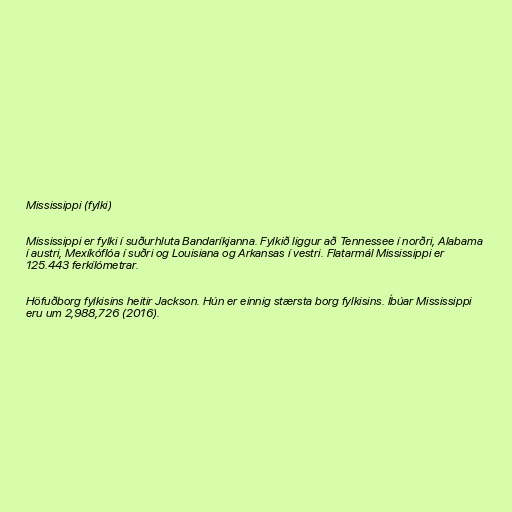
Mississippi (fylki)

Mississippi er fylki í suðurhluta Bandaríkjanna. Fylkið liggur að Tennessee í norðri, Alabama
í austri, Mexíkóflóa í suðri og Louisiana og Arkansas í vestri. Flatarmál Mississippi er
125.443 ferkílómetrar.

Höfuðborg fylkisins heitir Jackson. Hún er einnig stærsta borg fylkisins. Íbúar Mississippi
eru um 2,988,726 (2016).